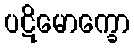
ပဋိမောက္ခော